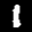
Label: 1